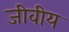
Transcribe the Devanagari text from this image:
जीवीय